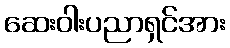
ဆေးဝါးပညာရှင်အား